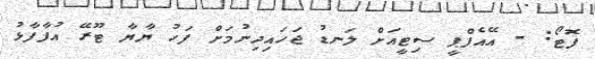
ފޮޓޯ: - އޭއެފްޕީ ސިޓީއަށް ލަނޑު ޖަހައިދިނުމަށް ފަހު ޔާޔާ ޓޫރޭ އުފާފާޅު